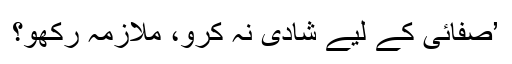
’صفائی کے لیے شادی نہ کرو، ملازمہ رکھو؟